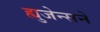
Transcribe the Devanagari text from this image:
ह्युजेन्सने